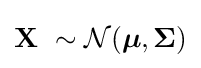
\mathbf {X} \ \sim {\mathcal {N}}({\boldsymbol {\mu }},{\boldsymbol {\Sigma }})